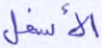
الأسفل